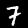
Label: 7